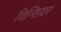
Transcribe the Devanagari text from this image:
विन्सियर